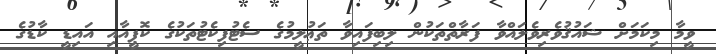
ވީމާ މިކަމަށް ޝައުޤުވެރިވެލައްވާ ފަރާތްތަކުން ލިބިފައިވާ ތަޢުލީމުގެ ސެޓުފިކެޓުތަކުގެ ކޮޕީއާއި އައިޑީ ކާޑުގެ